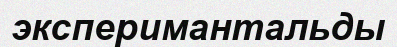
эксперимантальды